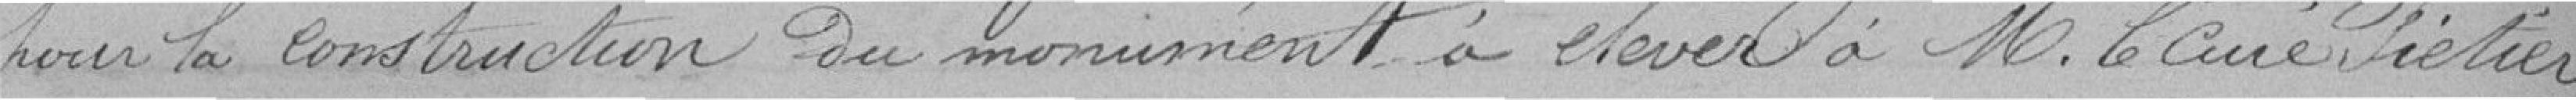
pour la construction du monument à élever à Monsieur le Curé Fiétier,